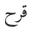
قرح